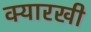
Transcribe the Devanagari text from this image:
क्यारखी